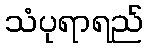
သံပုရာရည်